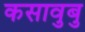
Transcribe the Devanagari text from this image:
कसावुबु